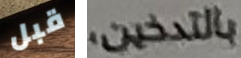
قبل بالتدخين،